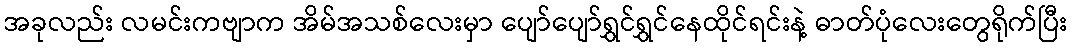
အခုလည်း လမင်းကဗျာက အိမ်အသစ်လေးမှာ ပျော်ပျော်ရွှင်ရွှင်နေထိုင်ရင်းနဲ့ ဓာတ်ပုံလေးတွေရိုက်ပြီး